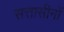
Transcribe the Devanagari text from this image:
सत्तासीनों